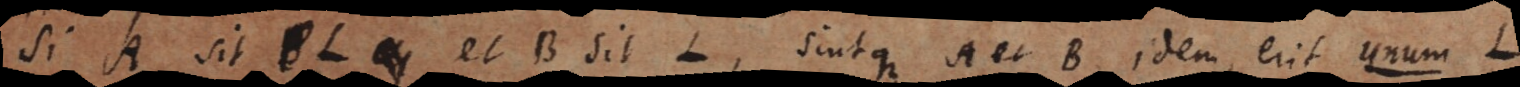
Si A sit L et B sit L, sintque A et B idem, erit u n